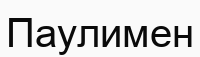
Паулимен